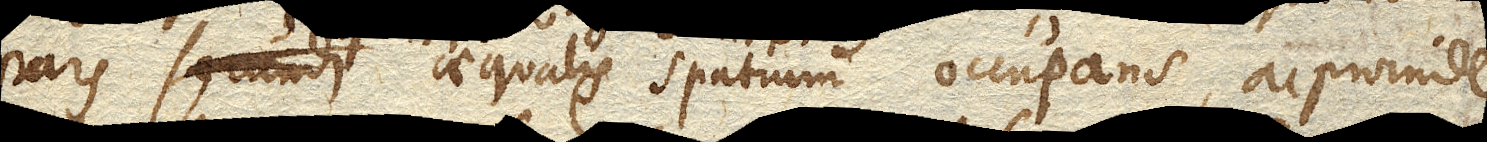
pars secundi aequalis aequale spatium occupans, ac proinde